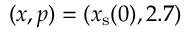
( x , p ) = ( x _ { \mathrm { s } } ( 0 ) , 2 . 7 )